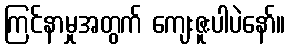
ကြင်နာမှုအတွက် ကျေးဇူးပါပဲနော်။